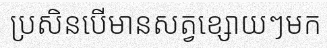
ប្រសិនបើមានសត្វខ្សោយៗមក